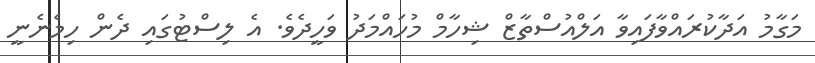
މަގާމު އަދާކުރައްވާފައިވާ އަލްއުސްތާޒް ޝިހާމް މުހައްމަދު ވަހީދެވެ. އެ ލިސްޓުގައި ދެން ހިމެނެނީ